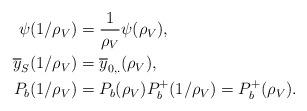
LaTeX: \begin{align*}\psi(1/\rho_V) &= \frac{1}{\rho_V} \psi(\rho_V),\\\overline{y}_S (1/\rho_V) &= \overline{y}_{0,.} (\rho_V),\\P_b(1/\rho_V) &= P_b(\rho_V) P_b^{+}(1/\rho_V) = P_b^{+}(\rho_V).\end{align*}